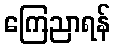
ကြေညာရန်